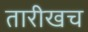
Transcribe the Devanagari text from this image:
तारीखच